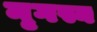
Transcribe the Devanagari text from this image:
नृगस्य